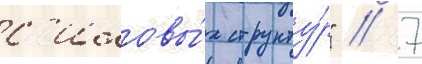
с'иловы́х структу́р" // 7